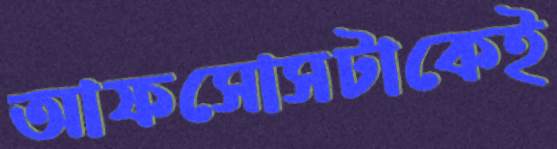
আফসোসটাকেই